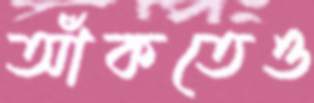
আঁকতেও